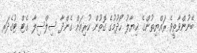
ބޭނުންވާތީވެ ރައްޔިތުންގެ ޚިޔާލު ހޯދުމުގެ ގޮތުން ކުރިއަށް ގެންދާ ސިލްސިލާ ގެޓް ޓުގެދަރ